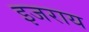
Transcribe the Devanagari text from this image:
इजराय